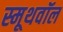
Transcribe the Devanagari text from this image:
स्मूथवॉल